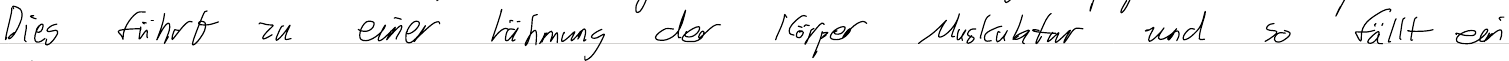
Die führt zu einer Lähmung der Körper Muskulatur und so fällt ein